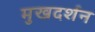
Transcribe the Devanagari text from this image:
मुखदर्शन